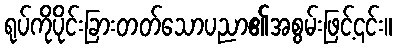
ရုပ်ကိုပိုင်းခြားတတ်သောပညာ၏အစွမ်းဖြင့်၎င်း။